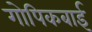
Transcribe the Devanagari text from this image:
गोपिकबाई